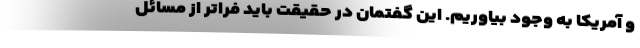
و آمریکا به وجود بیاوریم. این گفتمان در حقیقت باید فراتر از مسائل